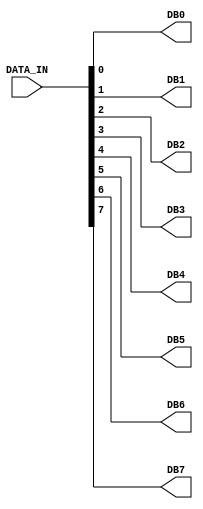
///////////////////////////////////////////////////////////////////////////////////////////////////
// Company: <Name>
//
// File history:
//      <Revision number>: <Date>: <Comments>
//      <Revision number>: <Date>: <Comments>
//      <Revision number>: <Date>: <Comments>
//
// Description: 
//
// <Description here>
//
// Targeted device: <Family::ProASIC3L> <Die::A3PE3000L> <Package::484 FBGA>
//
/////////////////////////////////////////////////////////////////////////////////////////////////// 

//`timescale <time_units> / <precision>

module buffer_data_out( DATA_IN, DB0,DB1,DB2,DB3,DB4,DB5,DB6,DB7);
input [7:0] DATA_IN;
output DB0,DB1,DB2,DB3,DB4,DB5,DB6,DB7;

assign DB0 = DATA_IN[0];
assign DB1 = DATA_IN[1];
assign DB2 = DATA_IN[2];
assign DB3 = DATA_IN[3];
assign DB4 = DATA_IN[4];
assign DB5 = DATA_IN[5];
assign DB6 = DATA_IN[6];
assign DB7 = DATA_IN[7];


endmodule